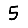
Digit: 5